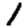
Digit: 1